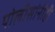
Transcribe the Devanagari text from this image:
पोलीसांनीही